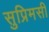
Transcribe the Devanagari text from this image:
सुप्रिमसी